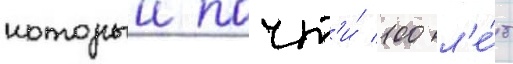
которыи почт'и́ 100 л'е́т